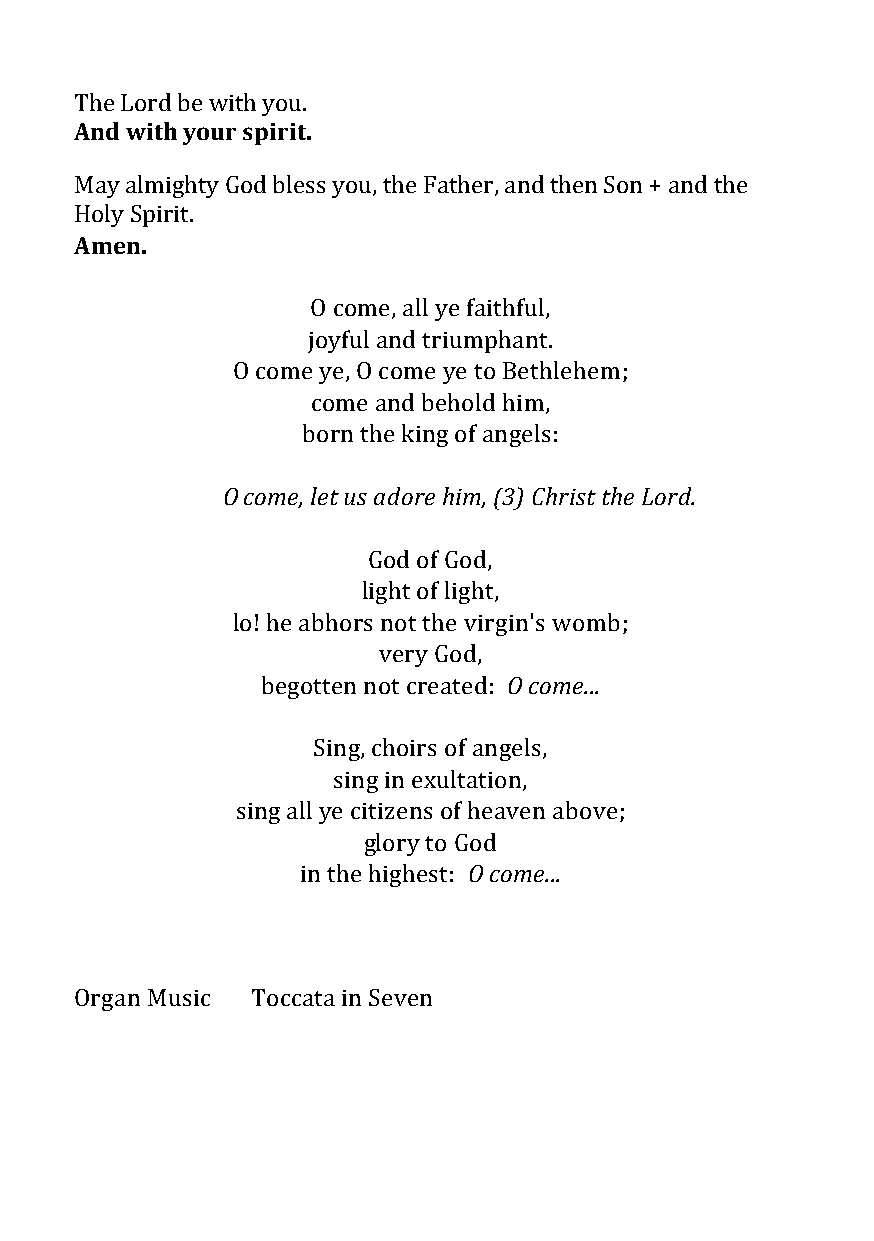
The Lord be with you.
 And with your spirit.
 May almighty God bless you, the Father, and then Son + and the
 Holy Spirit.
 Amen.
 O come, all ye faithful,
 joyful and triumphant.
 O come ye, O come ye to Bethlehem;
 come and behold him,
 born the king of angels:
 O come, let us adore him, (3) Christ the Lord.
 God of God,
 light of light,
 lo! he abhors not the virgin's womb;
 very God,
 begotten not created: O come...
 Sing, choirs of angels,
 sing in exultation,
 sing all ye citizens of heaven above;
 glory to God
 in the highest: O come...
 Organ Music Toccata in Seven